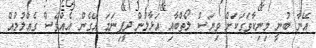
އޭނާ ބުނީ މިނިކާވަގަކަށް ވިޔަސް ލޯތްބާއި އަޅާލުން ދީފިނަމަ އޭގެން އެއްވެސް ގެއްލުމުއް